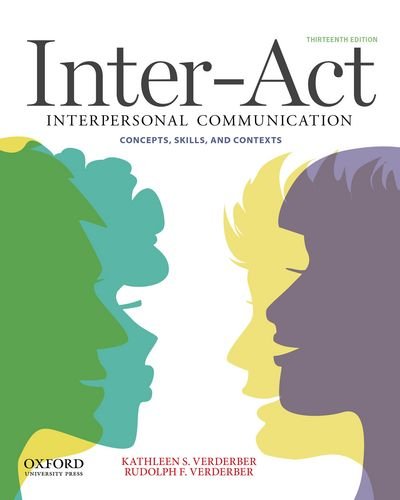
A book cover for Inter-Act: Interpersonal Communication Concepts, Skills, and Contexts; Kathleen S. Verderber; Reference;